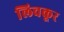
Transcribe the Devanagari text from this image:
लिचकूर